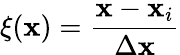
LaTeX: \xi(\mathbf{x})=\frac{{\mathbf{x}-\mathbf{x}_{i}}}{{\Delta\mathbf{x}}}